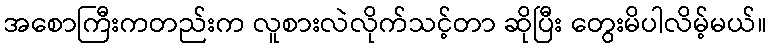
အစောကြီးကတည်းက လူစားလဲလိုက်သင့်တာ ဆိုပြီး တွေးမိပါလိမ့်မယ်။